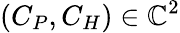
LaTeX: (C_{P},C_{H})\in\mathbb{C}^{2}